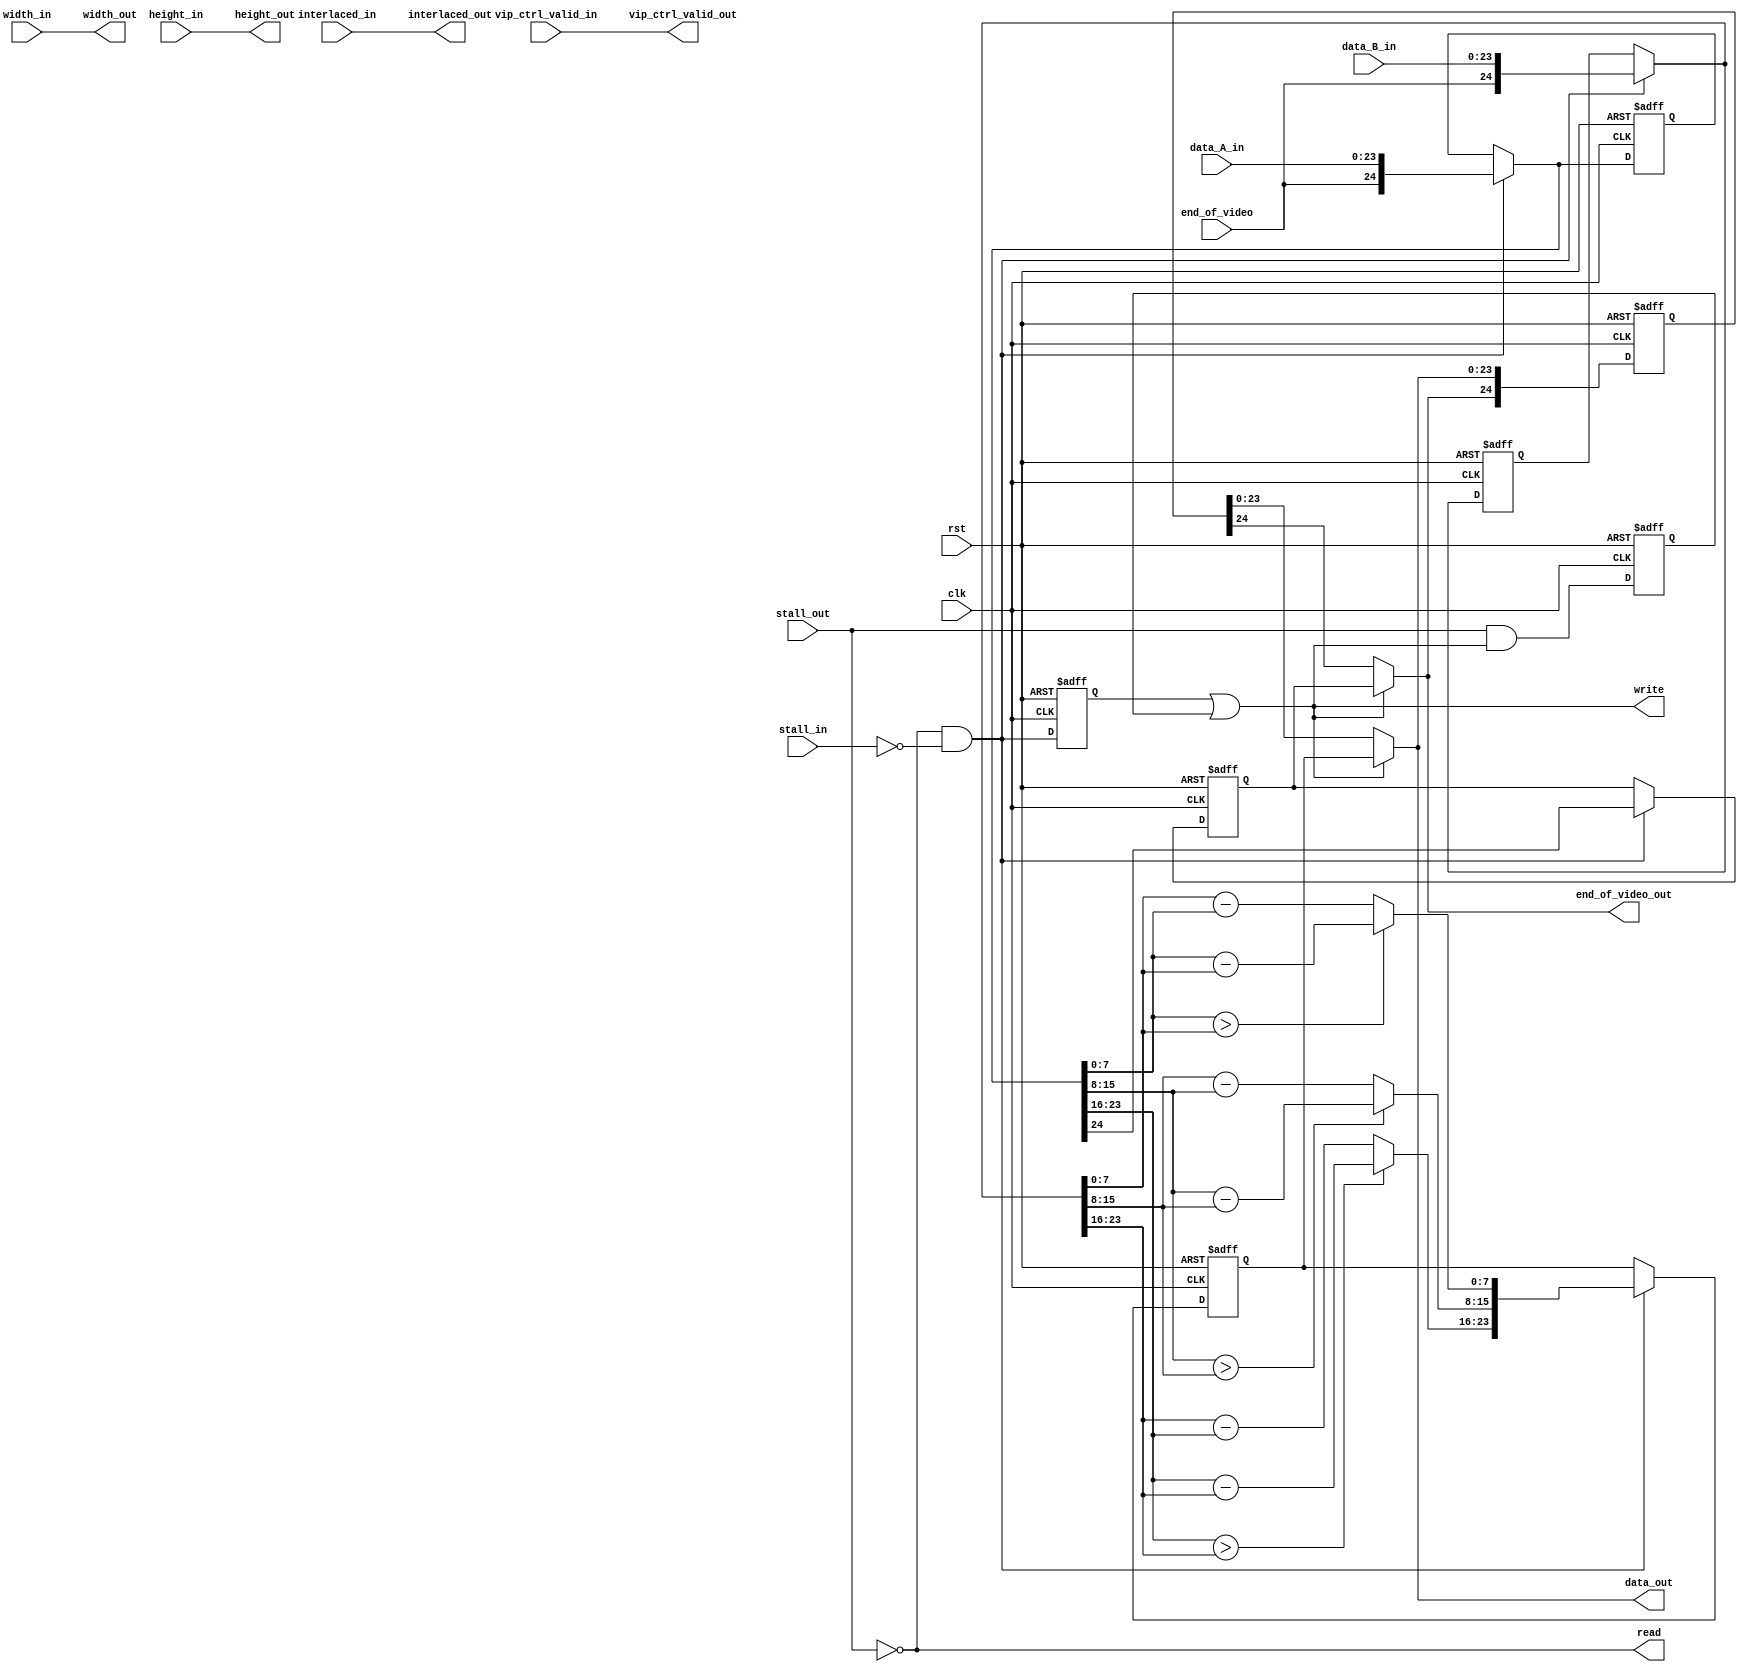
module abs_filter_core
#(
	parameter BITS_PER_SYMBOL = 8,
	parameter SYMBOLS_PER_BEAT = 3 // only 1 symbol used as black/white
)
(	
	input	clk,
	input	rst,
		
	// interface to VIP control packet decoder via VIP flow control wrapper	
	input	stall_in,
	output	read,
	input	[BITS_PER_SYMBOL * SYMBOLS_PER_BEAT - 1:0] data_A_in,
	input	[BITS_PER_SYMBOL * SYMBOLS_PER_BEAT - 1:0] data_B_in,
	input	end_of_video,
		
	input	[15:0] width_in,
	input	[15:0] height_in,
	input	[3:0] interlaced_in,
	input	vip_ctrl_valid_in,
		
	// interface to VIP control packet encoder via VIP flow control wrapper	
	input	stall_out,		
	output	write,
	output	[BITS_PER_SYMBOL * SYMBOLS_PER_BEAT - 1:0] data_out,
	output	end_of_video_out,		
		
	output	[15:0] width_out,
	output	[15:0] height_out,
	output	[3:0] interlaced_out,		
	output	vip_ctrl_valid_out);
		
// internal flow controlled signals				
wire [BITS_PER_SYMBOL * SYMBOLS_PER_BEAT : 0] data_A_int;
wire [BITS_PER_SYMBOL * SYMBOLS_PER_BEAT : 0] data_B_int;
wire input_valid;
reg data_available;
reg [BITS_PER_SYMBOL * SYMBOLS_PER_BEAT : 0] data_A_int_reg;
reg [BITS_PER_SYMBOL * SYMBOLS_PER_BEAT : 0] data_B_int_reg;
reg [BITS_PER_SYMBOL * SYMBOLS_PER_BEAT : 0] data_out_reg;
		
/******************************************************************************/
/* Data processing of user algorithm starts here                              */
/******************************************************************************/

// color components input A data
wire [BITS_PER_SYMBOL - 1:0] red_A;
wire [BITS_PER_SYMBOL - 1:0] green_A;
wire [BITS_PER_SYMBOL - 1:0] blue_A;

wire [BITS_PER_SYMBOL - 1:0] red_B;
wire [BITS_PER_SYMBOL - 1:0] green_B;
wire [BITS_PER_SYMBOL - 1:0] blue_B;

// LSBs = blue, MSBs = red (new since 8.1)
assign blue_A = data_A_int[BITS_PER_SYMBOL - 1:0];
assign green_A = data_A_int[2*BITS_PER_SYMBOL - 1:BITS_PER_SYMBOL];
assign red_A = data_A_int[3*BITS_PER_SYMBOL - 1:2*BITS_PER_SYMBOL];

assign blue_B = data_B_int[BITS_PER_SYMBOL - 1:0];
assign green_B = data_B_int[2*BITS_PER_SYMBOL - 1:BITS_PER_SYMBOL];
assign red_B = data_B_int[3*BITS_PER_SYMBOL - 1:2*BITS_PER_SYMBOL];

// calculate results
wire [BITS_PER_SYMBOL - 1:0] result_B;
wire [BITS_PER_SYMBOL - 1:0] result_G;
wire [BITS_PER_SYMBOL - 1:0] result_R;

assign result_B = (blue_A > blue_B) ? (blue_A - blue_B) : (blue_B - blue_A);
assign result_G = (green_A > green_B) ? (green_A - green_B) : (green_B - green_A); 
assign result_R = (red_A > red_B) ? (red_A - red_B) : (red_B - red_A); 

// assign outputs
reg [BITS_PER_SYMBOL * SYMBOLS_PER_BEAT - 1:0] output_data;  // algorithm output data
reg output_valid;
reg output_end_of_video;

always @(posedge clk or posedge rst)
	if (rst) begin
		output_data <= {(BITS_PER_SYMBOL * SYMBOLS_PER_BEAT - 1){1'b0}};
		output_valid <= 1'b0;
	  output_end_of_video <= 1'b0;
	end else begin
		output_data <= input_valid ? {result_R, result_G, result_B} : output_data;
		output_valid <= input_valid; // one clock cycle latency in this algorithm
	  output_end_of_video <= input_valid ? data_A_int[BITS_PER_SYMBOL * SYMBOLS_PER_BEAT] : output_end_of_video;
	end	

/******************************************************************************/
/* End of user algorithm data processing                                      */
/******************************************************************************/

/******************************************************************************/
/* Start of flow control processing                                           */
/******************************************************************************/

// flow control access - algorithm dependent
assign read = ~stall_out; // try to read whenever data can be consumed (written out or buffered internally)
//assign read = ~stall_in | ~stall_out; // try to read whenever data can be consumed (written out or buffered internally)
assign write = ( output_valid | data_available); // write whenever output data valid
	
// only capture data if input valid (not stalled and reading)					
assign input_valid = (read & ~stall_in);
assign data_A_int = (input_valid) ? {end_of_video, data_A_in} : data_A_int_reg;
assign data_B_int = (input_valid) ? {end_of_video, data_B_in} : data_B_int_reg;

// hold data if not writing or output stalled, otherwise assign internal data
assign data_out = (output_valid | data_available) ? output_data : data_out_reg[BITS_PER_SYMBOL * SYMBOLS_PER_BEAT - 1:0];
assign end_of_video_out = (output_valid | data_available) ? output_end_of_video : data_out_reg[BITS_PER_SYMBOL * SYMBOLS_PER_BEAT];

// register internal flow controlled signals	
always @(posedge clk or posedge rst)
	if (rst) begin
		data_A_int_reg <= {(BITS_PER_SYMBOL * SYMBOLS_PER_BEAT + 1){1'b0}};
		data_B_int_reg <= {(BITS_PER_SYMBOL * SYMBOLS_PER_BEAT + 1){1'b0}};
		data_out_reg <= {(BITS_PER_SYMBOL * SYMBOLS_PER_BEAT + 1){1'b0}};
		data_available <= 1'b0;
	end
	else begin
		data_A_int_reg <= data_A_int;
		data_B_int_reg <= data_B_int;
		data_out_reg[BITS_PER_SYMBOL * SYMBOLS_PER_BEAT - 1:0] <= data_out;
		data_out_reg[BITS_PER_SYMBOL * SYMBOLS_PER_BEAT] <= end_of_video_out;
		data_available <= stall_out & (output_valid | data_available);
	end
			
/******************************************************************************/
/* End of flow control processing                                             */
/******************************************************************************/

assign vip_ctrl_valid_out = vip_ctrl_valid_in;
assign width_out = width_in;
assign height_out = height_in;
assign interlaced_out = interlaced_in;
		 	 	 	
endmodule